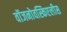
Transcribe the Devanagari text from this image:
वॉजनोवस्किएलीस